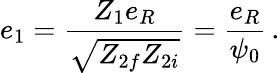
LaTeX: e_{1}=\frac{Z_{1}e_{R}}{\sqrt{Z_{2f}Z_{2i}}}=\frac{e_{R}}{\psi_{0}}\, .